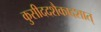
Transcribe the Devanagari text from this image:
कुसीददशैकादशात्